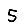
Digit: 5